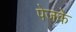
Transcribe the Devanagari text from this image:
पेजके